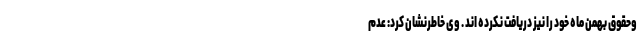
وحقوق بهمن ماه خود را نیز دریافت نکرده اند . وی خاطرنشان کرد: عدم